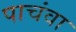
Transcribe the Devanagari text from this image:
पाचंवा